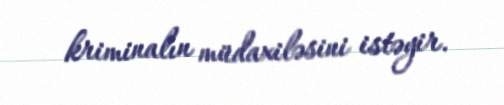
kriminalın müdaxiləsini istəyir.